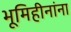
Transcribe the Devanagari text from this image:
भूमिहीनांना